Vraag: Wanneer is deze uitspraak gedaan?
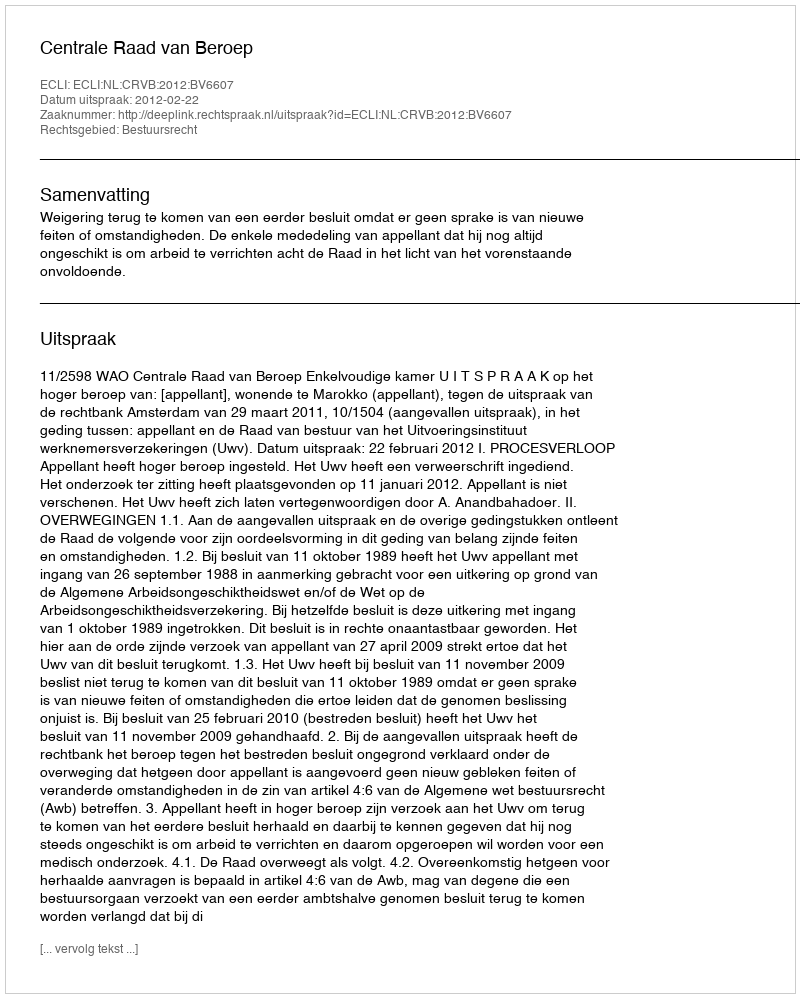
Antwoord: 2012-02-22